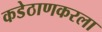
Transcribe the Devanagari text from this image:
कडेठाणकरला